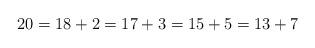
LaTeX: \begin{align*} 20 = 18 + 2 = 17 + 3 = 15 + 5 = 13 + 7\end{align*}